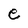
Character: e